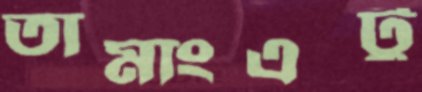
তামাংএটু